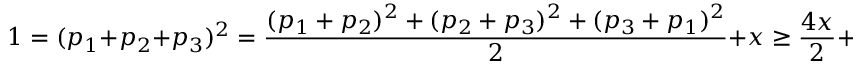
1 = ( p _ { 1 } + p _ { 2 } + p _ { 3 } ) ^ { 2 } = \frac { ( p _ { 1 } + p _ { 2 } ) ^ { 2 } + ( p _ { 2 } + p _ { 3 } ) ^ { 2 } + ( p _ { 3 } + p _ { 1 } ) ^ { 2 } } { 2 } + x \geq \frac { 4 x } { 2 } + x = 3 x .